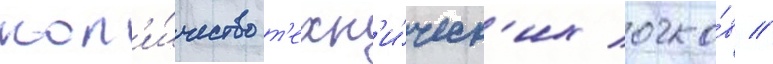
кол'и́чество т'ехн'и́ческ'их очко́в //